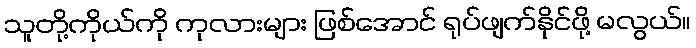
သူတို့ကိုယ်ကို ကုလားများ ဖြစ်အောင် ရုပ်ဖျက်နိုင်ဖို့ မလွယ်။